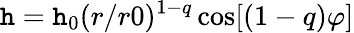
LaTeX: \mathtt{h}=\mathtt{h}_{0}(r/r0)^{1-q}\cos[(1-q)\varphi]